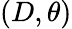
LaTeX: \left(D,\theta\right)